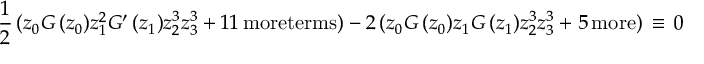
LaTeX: \frac { 1 } { 2 } \, ( z _ { 0 } G \, ( z _ { 0 } ) z _ { 1 } ^ { 2 } G ^ { \prime } \, ( z _ { 1 } ) z _ { 2 } ^ { 3 } z _ { 3 } ^ { 3 } + 1 1 \, \mathrm { m o r e t e r m s } ) - 2 \, ( z _ { 0 } G \, ( z _ { 0 } ) z _ { 1 } G \, ( z _ { 1 } ) z _ { 2 } ^ { 3 } z _ { 3 } ^ { 3 } + 5 \, \mathrm { m o r e } ) \, \equiv \, 0